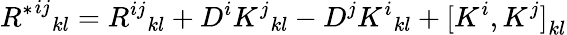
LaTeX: {{R^{*}}^{ij}}_{kl}={R^{ij}}_{kl}+D^{i}{K^{j}}_{kl}-D^{j}{K^{i}}_{kl}+{[K^{i},K^{j}]}_{kl}